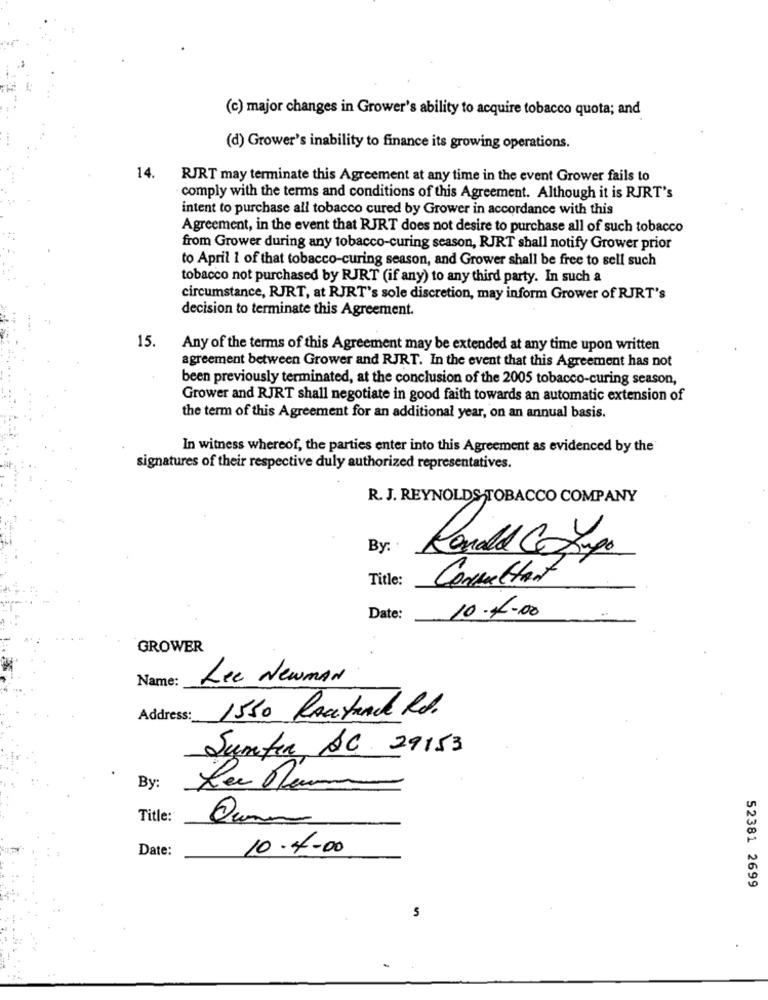
(c) major changes in Grower's ability to acquire tobacco quota; and
(d) Grower's inability to finance its growing operations.
14. RJRT may terminate this Agreement at any time in the event Grower fails to
comply with the terms and conditions of this Agreement. Although it is RJRT's
intent to purchase all tobacco cured by Grower in accordance with this
Agreement, in the event that RJRT does not desire to purchase all of such tobacco
from Grower during any tobacco-curing season, RJRT shall notify Grower prior
to April 1 of that tobacco-curing season, and Grower shall be free to sell such
tobacco not purchased by RJRT (if any) to any third party. In such a
circumstance, RJRT, at RJRT's sole discretion, may inform Grower of RJRT's
decision to terminate this Agreement.
15.
Any of the terms of this Agreement may be extended at any time upon written
agreement between Grower and RJRT. In the event that this Agreement has not
been previously terminated, at the conclusion of the 2005 tobacco-curing season,
Grower and RJRT shall negotiate in good faith towards an automatic extension of
the term of this Agreement for an additional year, on an annual basis.
In witness whereof, the parties enter into this Agreement as evidenced by the
signatures of their respective duly authorized representatives.
R. J. REYNOLDS TOBACCO COMPANY
By:
Ronald Corpo
Title:
Commettant
10.4.00
Date:
GROWER
Name:
Lee Newman
Address:
1550 Routard Rd.
Junter AC 29153
By:
Title:
Date:
10.4.00
52381 2699
5